King Institute of Preventive Medicine Bacteriolog. Section reports 1907-08
Year: 1907
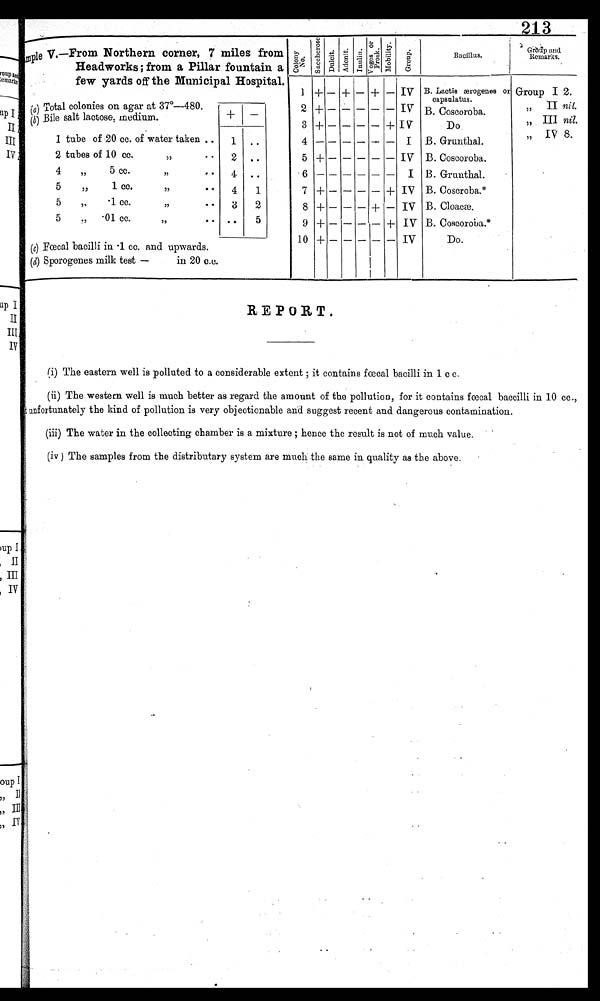
213
mp
le V.—From Northern corner, 7 miles from
Headworks; from a Pillar fountain a
few yards off the Municipal Hospital.
Col ony No. Sa c c h e r o s e . Dulcit.
Adoni t .
I nul i n. Vo g e s o r Pr o s k . Mobi l i t y.
G r o u p .
Bacillus.
Group and
Remarks. .
1
+
— + — + — IV B. Lactis ærogenes or
capsulatus.
Group I 2.
(a ) Total colonies on agar at 37°—480.
+ —
2
+
— — — — —
IV B. Coscoroba.
„ II nil.
( b) Bile salt lactose, medium.
3 +
—
— — —
+
IV
D o .
„ III nil.
1 tube of 20 cc. of water taken ..
1 ..
4 —
— — — — —
I B. Grunthal.
IV 8.
„
2 tubes of 10 cc.
,,
. .
2 ..
5
+
— — — — —
IV B. Coscoroba.
4
,,
5 cc.
,,
• •
4 ..
6
— — — — — —
I B. Grunthal.
5
,,
1 cc.
,,
.
4
1
7 + — — — — + IV B. Coscroba.*
5
,,
.1 cc.
,,
. -
3
2
8 + — — — + — IV B. Cloacæ.
5
,,
. 01 cc.
,,
•
•
• •
5
9 + — — — — + IV B. Coscoroba.*
(c) Fœcal bacilli in .1 cc. and upwards.
10
+
— — — — —
IV
Do.
(d) Sporogenes milk test —
in 20 c.c.
REPORT.
(i) The eastern well is polluted to a considerable extent ; it contains fœcal bacilli in 1 c c.
(ii) The western well is much better as regard the amount of the pollution, for it contains fœcal baccilli in 10 cc.,
t unfortunately the kind of pollution is very objectionable and suggest recent and dangerous contamination.
(iii) The water in the collecting chamber is a mixture ; hence the result is not of much value.
(iv) The samples from the distributary system are much the same in quality as the above.